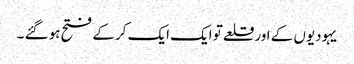
یہودیوں کے اور قلعے تو ایک ایک کر کے فتح ہو گئے ۔